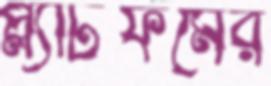
প্ল্যাটফর্মের